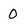
Character: 0